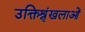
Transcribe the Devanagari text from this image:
उक्तिश्रृंखलाओं